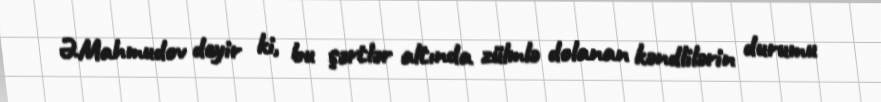
Ə.Mahmudov deyir ki, bu şərtlər altında zülmlə dolanan kəndlilərin durumu